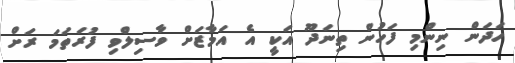
ހަދަން ނިންމި ފަހުން ތިނަދޫ އަކީ އެ އަމާޒަށް ވާސިލްވި ފުރަތަމަ ރަށް